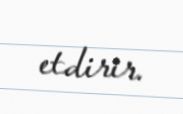
etdirir.